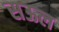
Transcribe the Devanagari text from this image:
सऊल